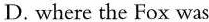
D. where the Fox was